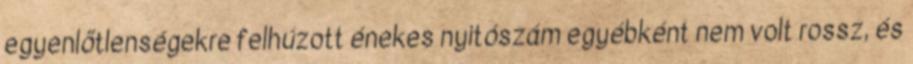
egyenlőtlenségekre felhúzott énekes nyitószám egyébként nem volt rossz, és